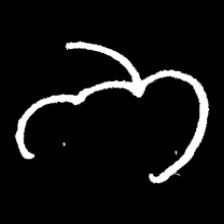
Pyu character \u2014 Myanmar letter: ဘ (romanized: bha)